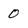
Character: 0